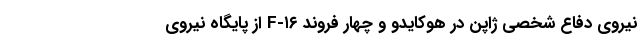
نیروی دفاع شخصی ژاپن در هوکایدو و چهار فروند F-۱۶ از پایگاه نیروی